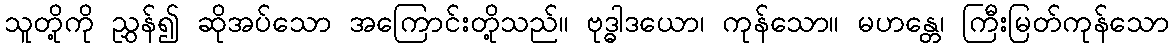
သူတို့ကို ညွှန်၍ ဆိုအပ်သော အကြောင်းတို့သည်။ ဗုဒ္ဓါဒယော၊ ကုန်သော။ မဟန္တေ၊ ကြီးမြတ်ကုန်သော